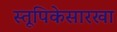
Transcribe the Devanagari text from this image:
स्तूपिकेसारखा